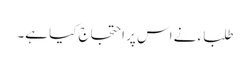
طلباء نے اس پر احتجاج کیا ہے۔